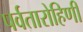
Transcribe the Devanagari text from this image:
पर्वतारोहिणी